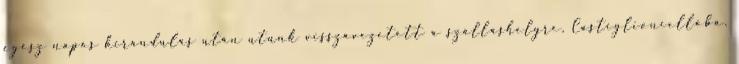
egész napos kirándulás után utunk visszavezetett a szálláshelyre, Castiglioncellóba,